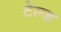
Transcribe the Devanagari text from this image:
टेल्ड